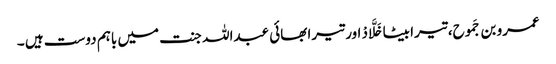
عمرو بن جَموح، تیرا بیٹا خَلَّادْ اور تیرا بھائی عبداللہ جنت میں باہم دوست ہیں ۔